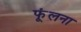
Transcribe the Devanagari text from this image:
फूंलना